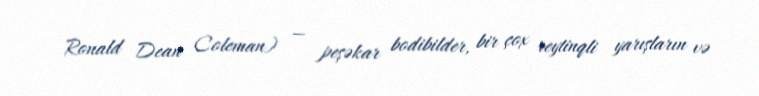
Ronald Dean Coleman) — peşəkar bodibilder, bir çox reytinqli yarışların və